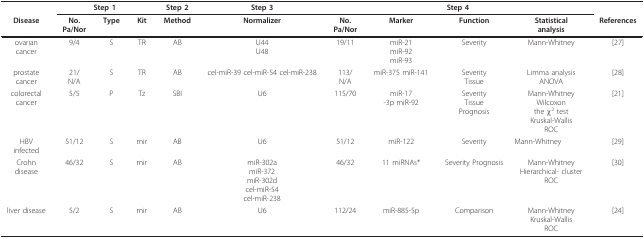
<table><thead><tr><td></td><td colspan="3"><b>Step 1</b></td><td><b>Step 2</b></td><td><b>Step 3</b></td><td colspan="4"><b>Step 4</b></td><td></td></tr><tr><td><b>Disease</b></td><td><b>No.Pa/Nor</b></td><td><b>Type</b></td><td><b>Kit</b></td><td><b>Method</b></td><td><b>Normalizer</b></td><td><b>No.Pa/Nor</b></td><td><b>Marker</b></td><td><b>Function</b></td><td><b>Statisticalanalysis</b></td><td><b>References</b></td></tr></thead><tbody><tr><td>ovariancancer</td><td>9/4</td><td>S</td><td>TR</td><td>AB</td><td>U44U48</td><td>19/11</td><td>miR-21miR-92miR-93</td><td>Severity</td><td>Mann-Whitney</td><td>[27]</td></tr><tr><td>prostatecancer</td><td>21/N/A</td><td>S</td><td>TR</td><td>AB</td><td>cel-miR-39 cel-miR-54 cel-miR-238</td><td>113/N/A</td><td>miR-375 miR-141</td><td>SeverityTissue</td><td>Limma analysisANOVA</td><td>[28]</td></tr><tr><td>colorectalcancer</td><td>5/5</td><td>P</td><td>Tz</td><td>SBI</td><td>U6</td><td>115/70</td><td>miR-17-3p miR-92</td><td>SeverityTissuePrognosis</td><td>Mann-WhitneyWilcoxonthe χ<sup>2 </sup>testKruskal-WallisROC</td><td>[21]</td></tr><tr><td>HBVinfected</td><td>51/12</td><td>S</td><td>mir</td><td>AB</td><td>U6</td><td>51/12</td><td>miR-122</td><td>Severity</td><td>Mann-Whitney</td><td>[29]</td></tr><tr><td>Crohndisease</td><td>46/32</td><td>S</td><td>mir</td><td>AB</td><td>miR-302amiR-372miR-302dcel-miR-54cel-miR-238</td><td>46/32</td><td>11 miRNAs*</td><td>Severity Prognosis</td><td>Mann-WhitneyHierarchical- clusterROC</td><td>[30]</td></tr><tr><td>liver disease</td><td>5/2</td><td>S</td><td>mir</td><td>AB</td><td>U6</td><td>112/24</td><td>miR-885-5p</td><td>Comparison</td><td>Mann-WhitneyKruskal-WallisROC</td><td>[24]</td></tr></tbody></table>